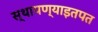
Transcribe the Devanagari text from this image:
स्थापण्याइतपत